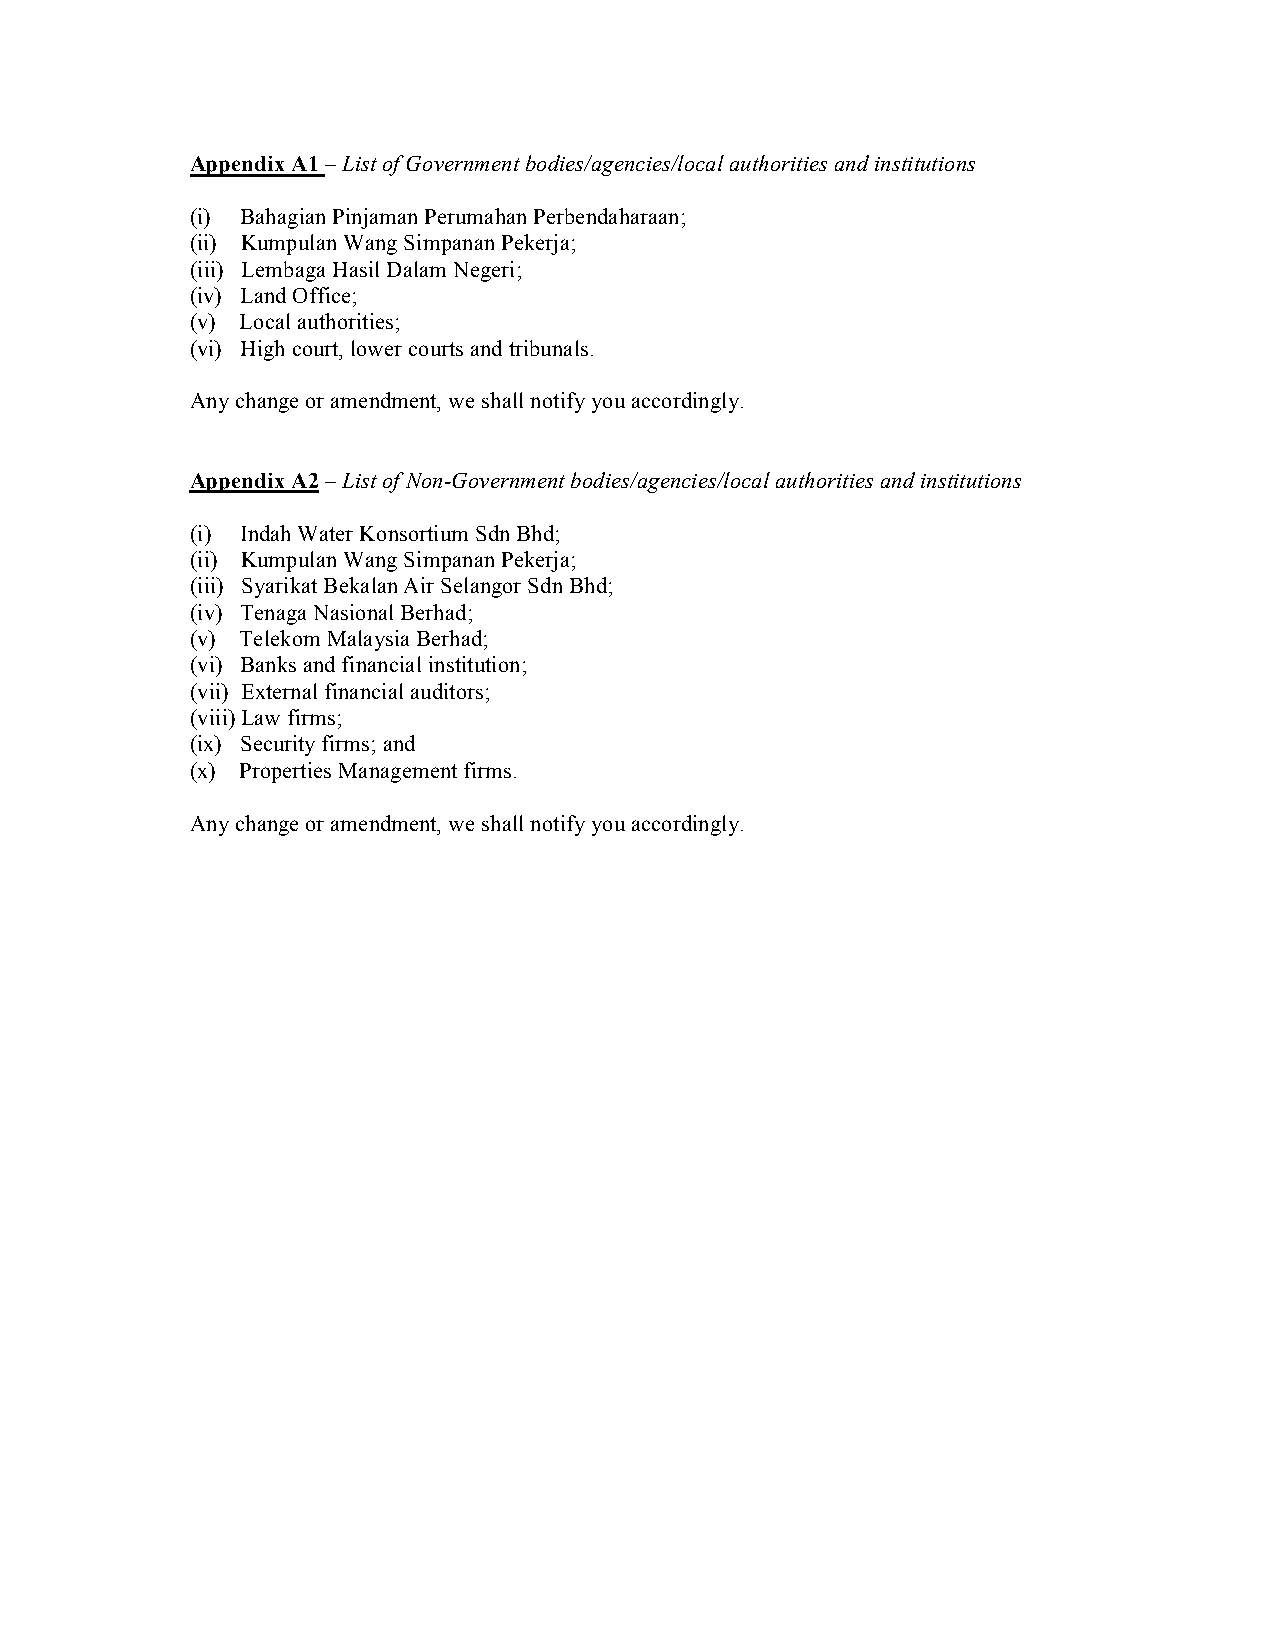
Appendix A1 – List of Government bodies/agencies/local authorities and institutions
 (i) Bahagian Pinjaman Perumahan Perbendaharaan;
 (ii) Kumpulan Wang Simpanan Pekerja;
 (iii) Lembaga Hasil Dalam Negeri;
 (iv) Land Office;
 (v) Local authorities;
 (vi) High court, lower courts and tribunals.
 Any change or amendment, we shall notify you accordingly.
 Appendix A2 – List of Non-Government bodies/agencies/local authorities and institutions
 (i) Indah Water Konsortium Sdn Bhd;
 (ii) Kumpulan Wang Simpanan Pekerja;
 (iii) Syarikat Bekalan Air Selangor Sdn Bhd;
 (iv) Tenaga Nasional Berhad;
 (v) Telekom Malaysia Berhad;
 (vi) Banks and financial institution;
 (vii) External financial auditors;
 (viii) Law firms;
 (ix) Security firms; and
 (x) Properties Management firms.
 Any change or amendment, we shall notify you accordingly.